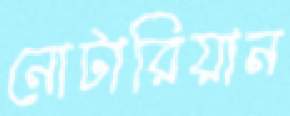
নোটারিয়ান